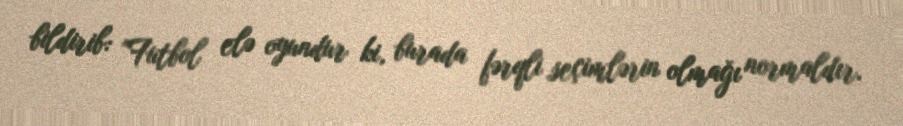
bildirib: "Futbol elə oyundur ki, burada fərqli seçimlərin olmağı normaldır.